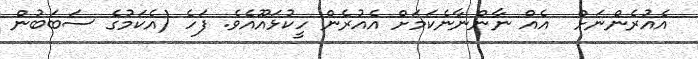
އެއުރެންނަށް  އެއް ނާންނާނެކަމަށް އެއުރެން ހީކުޅައޫއެވެ. ފަހެ (އެކަމުގެ ސަބަބުން